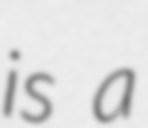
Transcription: is a